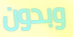
وبدون